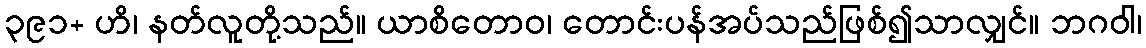
၃၉၁+ ဟိ၊ နတ်လူတို့သည်။ ယာစိတောဝ၊ တောင်းပန်အပ်သည်ဖြစ်၍သာလျှင်။ ဘဂဝါ၊